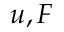
u , F